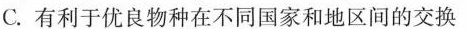
C.有利于优良物种在不同国家和地区间的交换